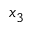
x _ { 3 }